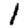
Digit: 1